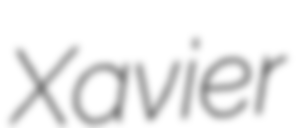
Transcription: Xavier